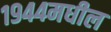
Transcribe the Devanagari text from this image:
१९४४मधील